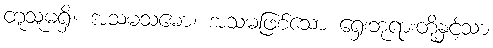
တူသူမရှိ။ အသမသမော၊ အသမဖြစ်သော ရှေးဘုရားတို့နှင့်သာ